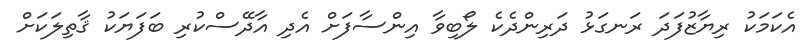
އެކަމަކު ރިޔާޒުފަދަ ރަނގަޅު ދަރިންދެކެ ލޯބިވާ އިންސާފަށް އެދި އާދޭސްކުރި ބަފަޔަކު ޤާތިލަކަށް